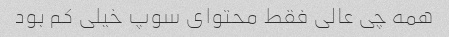
همه چی عالی فقط محتوای سوپ خیلی کم بود